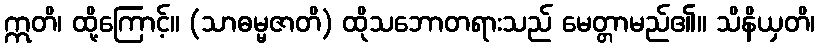
ဣတိ၊ ထို့ကြောင့်။ (သာဓမ္မဇာတိ) ထိုသဘောတရားသည် မေတ္တာမည်၏။ သိနိယှတိ၊